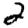
Digit: 2